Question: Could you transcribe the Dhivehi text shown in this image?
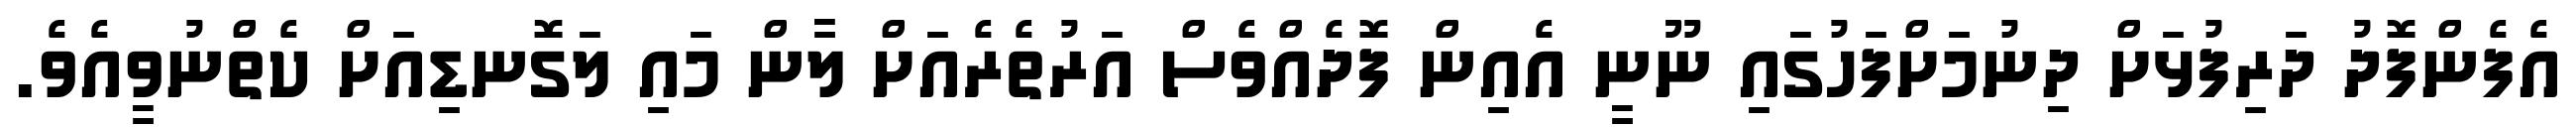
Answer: އެފެންފޮދު ދަރިފުޅަށް ދިނުމަށްފަހުގައި ނޫނީ އެއިން ފޮދެއްވެސް އަރުތެރެއަށް ލާން މައި ލަގޮނޑިއަށް ކެތްނުވީއެވެ.